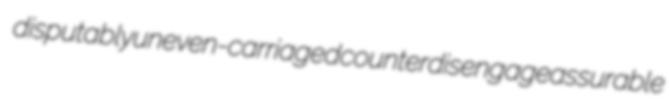
disputably uneven-carriaged counterdisengage assurable